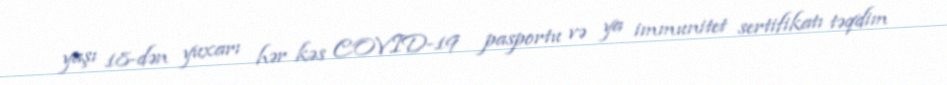
yaşı 18-dən yuxarı hər kəs COVID-19 pasportu və ya immunitet sertifikatı təqdim